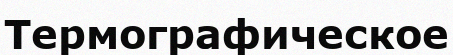
Термографическое